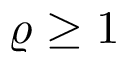
\varrho \geq 1